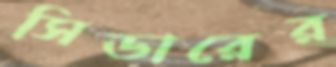
সিডারের